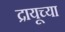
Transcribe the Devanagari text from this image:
द्रायूच्या